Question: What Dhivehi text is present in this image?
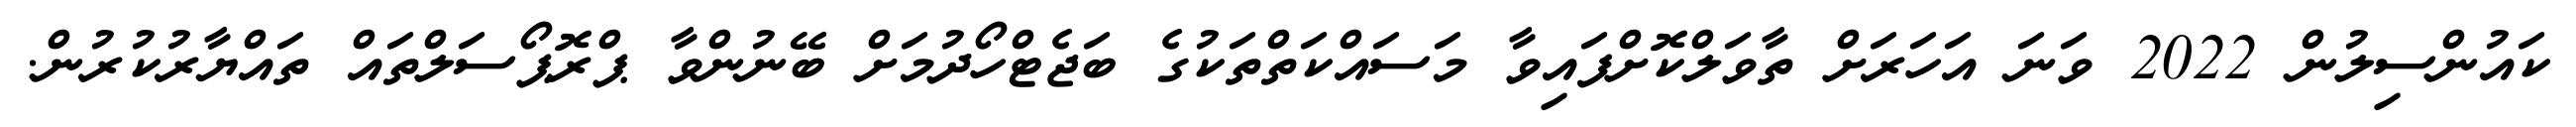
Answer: ކައުންސިލުން 2022 ވަނަ އަހަރަށް ތާވަލްކޮށްފައިވާ މަސައްކަތްތަކުގެ ބަޖެޓްހޯދުމަށް ބޭނުންވާ ޕްރޮޕޯސަލްތައް ތައްޔާރުކުރުން.